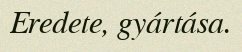
Eredete, gyártása.